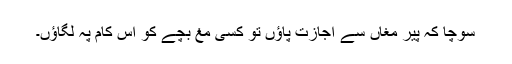
سوچا کہ پیرِ مغاں سے اجازت پاؤں تو کسی مغ بچے کو اس کام پہ لگاؤں۔